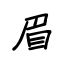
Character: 眉